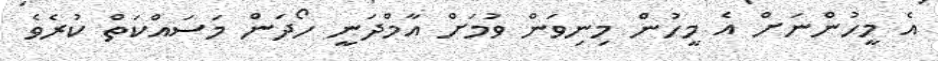
އެ މީހުންނަށް އެ މީހުން މިނިވަން ވުމަށް އާމްދަނީ ހޯދަން މަސައްކަތް ކުރެވެ